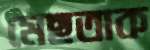
মেছতাক